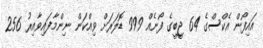
އައިފޯން އެކްސްގެ 64 ޖީބީގެ ފޯނެއް 999 ޑޮލަރަށް ވިއްކަން ނިންމާފައިވާއިރު 256